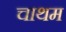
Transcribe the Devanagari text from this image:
चाथम